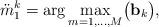
LaTeX: \begin{align*} \ddot{m}_1^k=\arg \max_{m=1,\ldots,M} \bigl(\mathbf{b}_k\bigr), \end{align*}